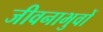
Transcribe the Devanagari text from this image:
जीवनाभुवों